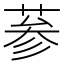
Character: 𦲞